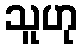
သူဟု